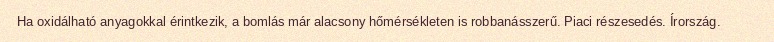
Ha oxidálható anyagokkal érintkezik, a bomlás már alacsony hőmérsékleten is robbanásszerű. Piaci részesedés. Írország.